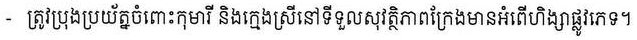
- ត្រូវប្រុងប្រយ័ត្នចំពោះកុមារី និងក្មេងស្រីនៅទីទួលសុវត្ថិភាពក្រែងមានអំពើហិង្សាផ្លូវភេទ។